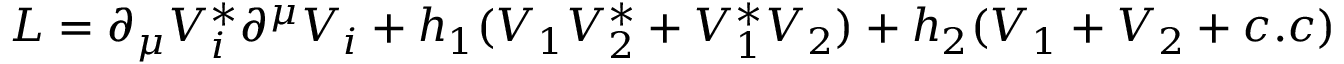
{ \cal L } = \partial _ { \mu } V _ { i } ^ { * } \partial ^ { \mu } V _ { i } + h _ { 1 } ( V _ { 1 } V _ { 2 } ^ { * } + V _ { 1 } ^ { * } V _ { 2 } ) + h _ { 2 } ( V _ { 1 } + V _ { 2 } + c . c )